Annual administration report of the Civil Veterinary Department of India - 1893-1894
Year: 1893
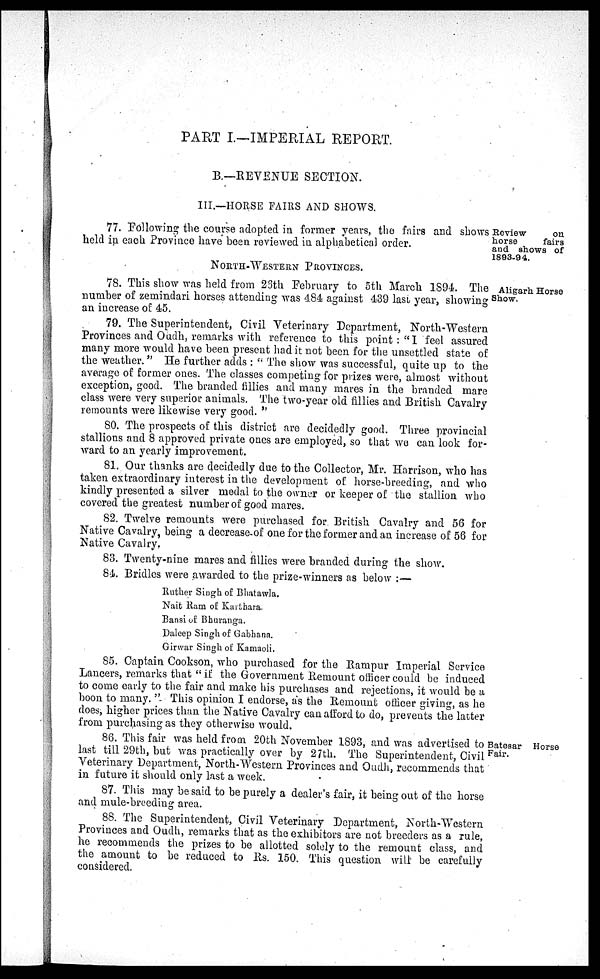
PART I.—IMPERIAL REPORT.
B.—REVENUE SECTION.
III.—HORSE FAIRS AND SHOWS.
Review
on
horse
fairs
and shows of
1893-94.
77. Following the course adopted in former years, the fairs and shows
held in each Province have been reviewed in alphabetical order.
NORTH-WESTERN PROVINCES.
Aligarh Horse
Show.
78. This show was held from 23th February to 5th March 1894. The
number of zemindari horses attending was 484 against 439 last year, showing
an increase of 45.
79. The Superintendent, Civil Veterinary Department, North-Western
Provinces and Oudh, remarks with reference to this point: "I feel assured
many more would have been present had it not been for the unsettled state of
the weather." He further adds: " The show was successful, quite up to the
average of former ones. The classes competing for prizes were, almost without
exception, good. The branded fillies and many mares in the branded mare
class were very superior animals. The two-year old fillies and British Cavalry
remounts were likewise very good."
80. The prospects of this district are decidedly good. Three provincial
stallions and 8 approved private ones are employed, so that we can look for-
ward to an yearly improvement.
81. Our thanks are decidedly due to the Collector, Mr. Harrison, who has
taken extraordinary interest in the development of horse-breeding, and who
kindly presented a silver medal to the owner or keeper of the stallion who
covered the greatest number of good mares.
82. Twelve remounts were purchased for British Cavalry and 56 for
Native Cavalry, being a decrease of one for the former and an increase of 56 for
Native Cavalry.
83. Twenty-nine mares and fillies were branded during the show.
84. Bridles were awarded to the prize-winners as below:—
Ruther Singh of Bhatawla.
Nait Ram of Karthara.
Bansi of Bhuranga.
Daleep Singh of Gabhana.
Girwar Singh of Kamaoli.
85. Captain Cookson, who purchased for the Rampur Imperial Service
Lancers, remarks that "if the Government Remount officer could be induced
to come early to the fair and make his purchases and rejections, it would be a
boon to many." This opinion I endorse, as the Remount officer giving, as he
does, higher prices than the Native Cavalry can afford to do, prevents the latter
from purchasing as they otherwise would.
Batesar Horse
Fair.
86. This fair was held from 20th November 1893, and was advertised to
last till 29th, but was practically over by 27th. The Superintendent, Civil
Veterinary Department, North-Western Provinces and Oudh, recommends that
in future it should only last a week.
87. This may be said to be purely a dealer's fair, it being out of the horse
and mule-breeding area.
88. The Superintendent, Civil Veterinary Department, North-Western
Provinces and Oudh, remarks that as the exhibitors are not breeders as a rule,
he recommends the prizes to be allotted solely to the remount class, and
the amount to be reduced to Rs. 150. This question will be carefully
considered.